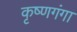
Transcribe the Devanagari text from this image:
कृष्णगंगा